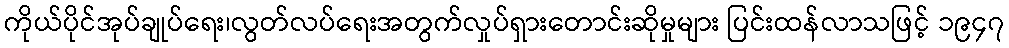
ကိုယ်ပိုင်အုပ်ချုပ်ရေး၊လွတ်လပ်ရေးအတွက်လှုပ်ရှားတောင်းဆိုမှုများ ပြင်းထန်လာသဖြင့် ၁၉၄၇